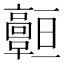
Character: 𩫧